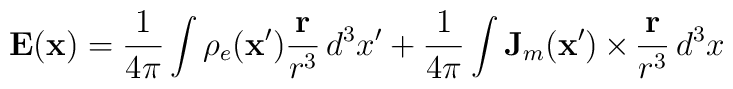
\mathbf{E}(\mathbf{x}) =\frac{1}{4\pi}\int\rho_e(\mathbf{x}')\frac{\mathbf{r}}{r^3}\,d^3x'\\ +\frac{1}{4\pi}\int\mathbf{J}_m(\mathbf{x}')\,{\bf \times}\,\frac{\mathbf{r}}{r^3}\,d^3x